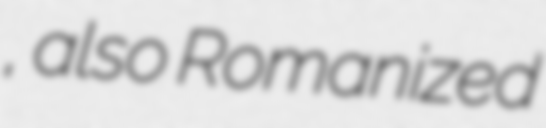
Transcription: باغان, also Romanized